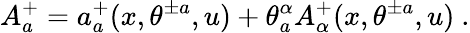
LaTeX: A_{a}^{+}=a_{a}^{+}(x,\theta^{\pm a},u)+\theta_{a}^{\alpha}A_{\alpha}^{+}(x,\theta^{\pm a},u)\ .